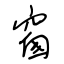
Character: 窗